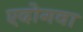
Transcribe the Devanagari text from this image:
एदोगवा